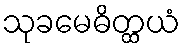
သုခမေဓိတ္ထယံ